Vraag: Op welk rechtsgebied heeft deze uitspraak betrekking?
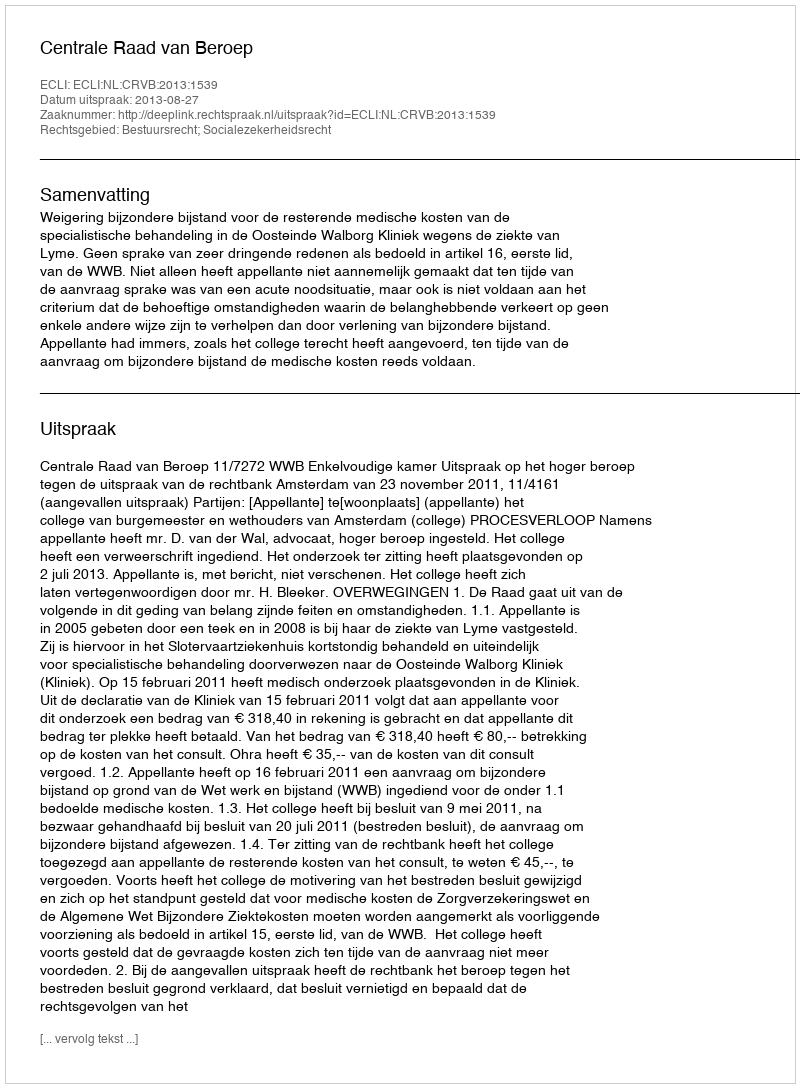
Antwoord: Bestuursrecht; Socialezekerheidsrecht